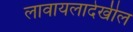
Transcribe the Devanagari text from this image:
लावायलादेखील